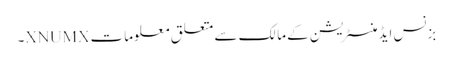
بزنس ایڈمنسٹریشن کے مالک سے متعلق معلومات XNUMX۔